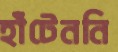
হাঁটেননি